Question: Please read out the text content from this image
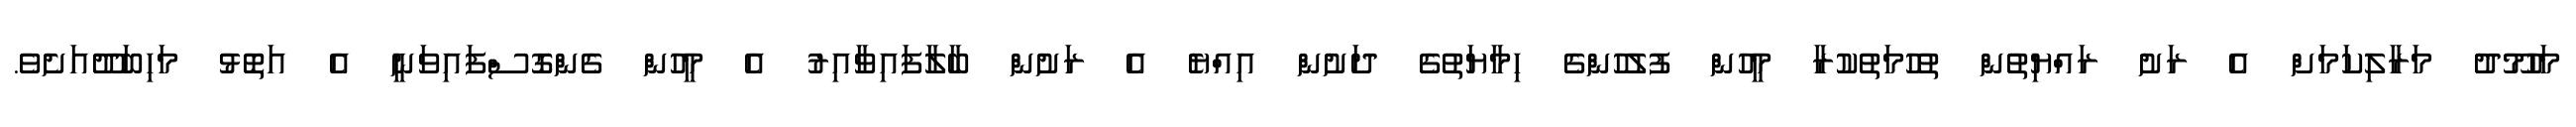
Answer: މަހުމޫދު މަރާލިކަމަށް އެ ރަށު ރައްޔިތުން ތުހުމަތުކުރާ މީހުން ފުލުހުންގެ ހިމާޔަތުގެ ދަށުން އިއްޔެ އެ ރަށުން ބާލާފައިވާއިރު އެ މީހުން ގެންގޮސްފައިވަނީ އެ އަތޮޅު މަހިބަދޫއަށެވެ.